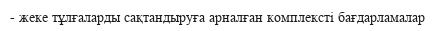
- жеке тұлғаларды сақтандыруға арналған комплексті бағдарламалар